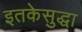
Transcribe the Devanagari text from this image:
इतकेसुद्धा